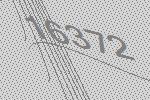
16372